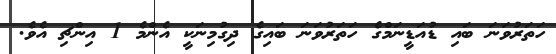
ހަތަރުވަނަ ބައި ޑުއަޑީނަމްގެ ހަތަރުވަނަ ބައިގެ ދިގުމިނަކީ އެންމެ 1 އިންޗި އެވެ.